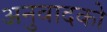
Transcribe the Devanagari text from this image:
अनुवादको